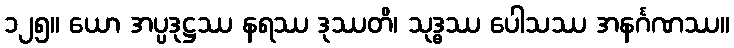
၁၂၅။ ယော အပ္ပဒုဋ္ဌဿ နရဿ ဒုဿတိ၊ သုဒ္ဓဿ ပေါသဿ အနင်္ဂဏဿ။